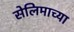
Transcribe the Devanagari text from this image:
सेलिमाच्या